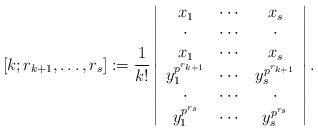
LaTeX: \begin{align*}[k;r_{k+1},\dots,r_s]:=\frac{1}{k!}\left|\begin{array}{ccc}x_1&\cdots&x_s\\\cdot&\cdots&\cdot\\x_1&\cdots&x_s\\y_1^{p^{r_{k+1}}}&\cdots&y_s^{p^{r_{k+1}}}\\\cdot&\cdots&\cdot\\y_1^{p^{r_{s}}}&\cdots&y_s^{p^{r_{s}}}\end{array}\right|.\end{align*}